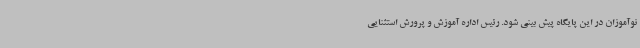
نوآموزان در این پایگاه پیش بینی شود. رئیس اداره آموزش و پرورش استثنایی